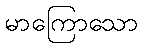
မာကြောသော